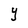
Character: Y